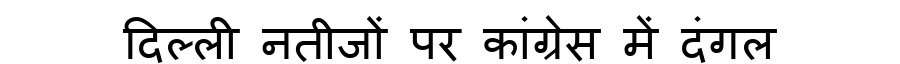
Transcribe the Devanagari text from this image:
दिल्ली नतीजों पर कांग्रेस में दंगल